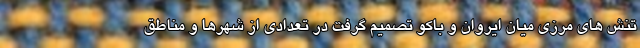
تنش های مرزی میان ایروان و باکو تصمیم گرفت در تعدادی از شهرها و مناطق